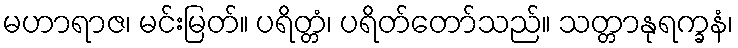
မဟာရာဇ၊ မင်းမြတ်။ ပရိတ္တံ၊ ပရိတ်တော်သည်။ သတ္တာနုရက္ခနံ၊